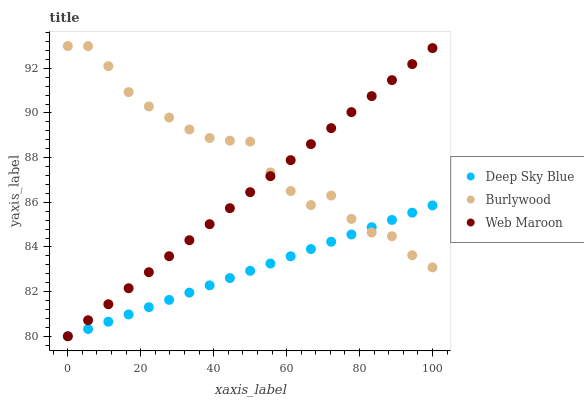
| xaxis_label | Deep Sky Blue | Burlywood | Web Maroon |
 | --- | --- | --- | --- |
 | 0 | 80 | 93 | 80 |
 | 5.56 | 80.3 | 93 | 80.7 |
 | 11.1 | 80.7 | 92.1 | 81.4 |
 | 16.7 | 81 | 90.9 | 82.2 |
 | 22.2 | 81.3 | 90.3 | 82.9 |
 | 27.8 | 81.6 | 89.8 | 83.6 |
 | 33.3 | 82 | 89.3 | 84.3 |
 | 38.9 | 82.3 | 88.9 | 85 |
 | 44.4 | 82.6 | 88.8 | 85.7 |
 | 50 | 82.9 | 88.7 | 86.5 |
 | 55.6 | 83.3 | 87.3 | 87.2 |
 | 61.1 | 83.6 | 86.5 | 87.9 |
 | 66.7 | 83.9 | 85.9 | 88.6 |
 | 72.2 | 84.2 | 86.3 | 89.3 |
 | 77.8 | 84.6 | 85.3 | 90 |
 | 83.3 | 84.9 | 84.7 | 90.8 |
 | 88.9 | 85.2 | 84.5 | 91.5 |
 | 94.4 | 85.5 | 83.6 | 92.2 |
 | 100 | 85.9 | 83.1 | 92.9 |